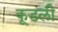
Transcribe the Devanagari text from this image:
कूडली